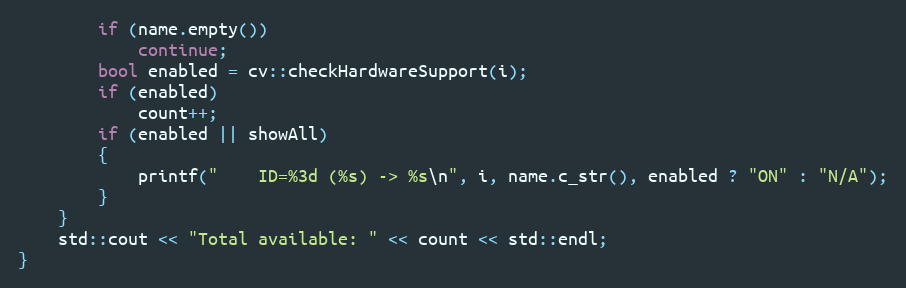
Language: C++
        if (name.empty())
            continue;
        bool enabled = cv::checkHardwareSupport(i);
        if (enabled)
            count++;
        if (enabled || showAll)
        {
            printf("    ID=%3d (%s) -> %s\n", i, name.c_str(), enabled ? "ON" : "N/A");
        }
    }
    std::cout << "Total available: " << count << std::endl;
}